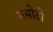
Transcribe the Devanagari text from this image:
मसोटी